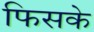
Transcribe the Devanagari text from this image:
फिसके